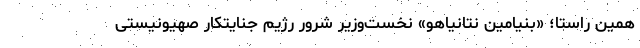
همین راستا؛ «بنیامین نتانیاهو» نخست‌وزیر شرور رژیم جنایتکار صهیونیستی